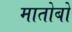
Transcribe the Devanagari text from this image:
मातोबो